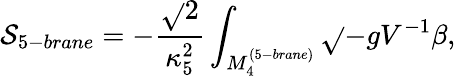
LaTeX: \mathcal{S}_{5-brane}=-\frac{{\sqrt{}{{2}}}}{{\kappa_{5}^{2}}}\int_{M_{4}^{(5-brane)}}{\sqrt{}{{-g}}V^{-1}\beta},